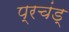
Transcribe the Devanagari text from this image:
प्रचंड्